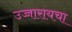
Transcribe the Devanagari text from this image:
उच्चारायचा